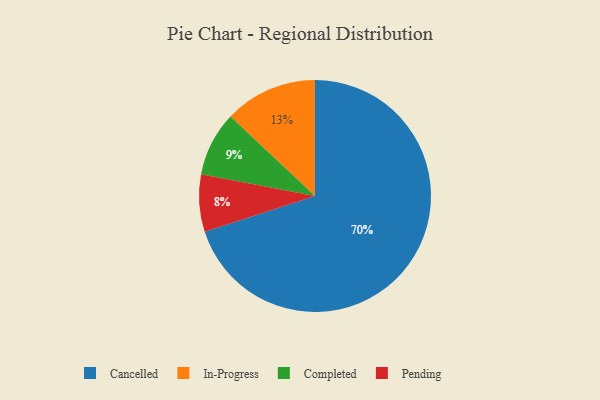
{"axis": {"x": "Category", "y": "Percentage"}, "legend": ["Cancelled", "Completed", "In-Progress", "Pending"], "data": [{"x": "In-Progress", "y": 13, "type": "In-Progress"}, {"x": "Cancelled", "y": 70, "type": "Cancelled"}, {"x": "Pending", "y": 8, "type": "Pending"}, {"x": "Completed", "y": 9, "type": "Completed"}]}